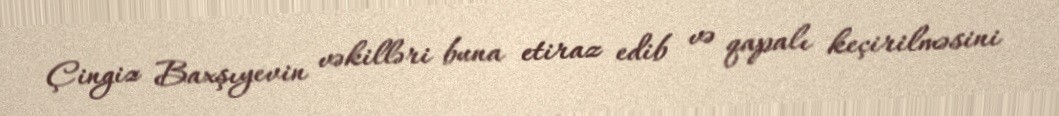
Çingiz Baxşıyevin vəkilləri buna etiraz edib və qapalı keçirilməsini